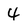
Character: 4